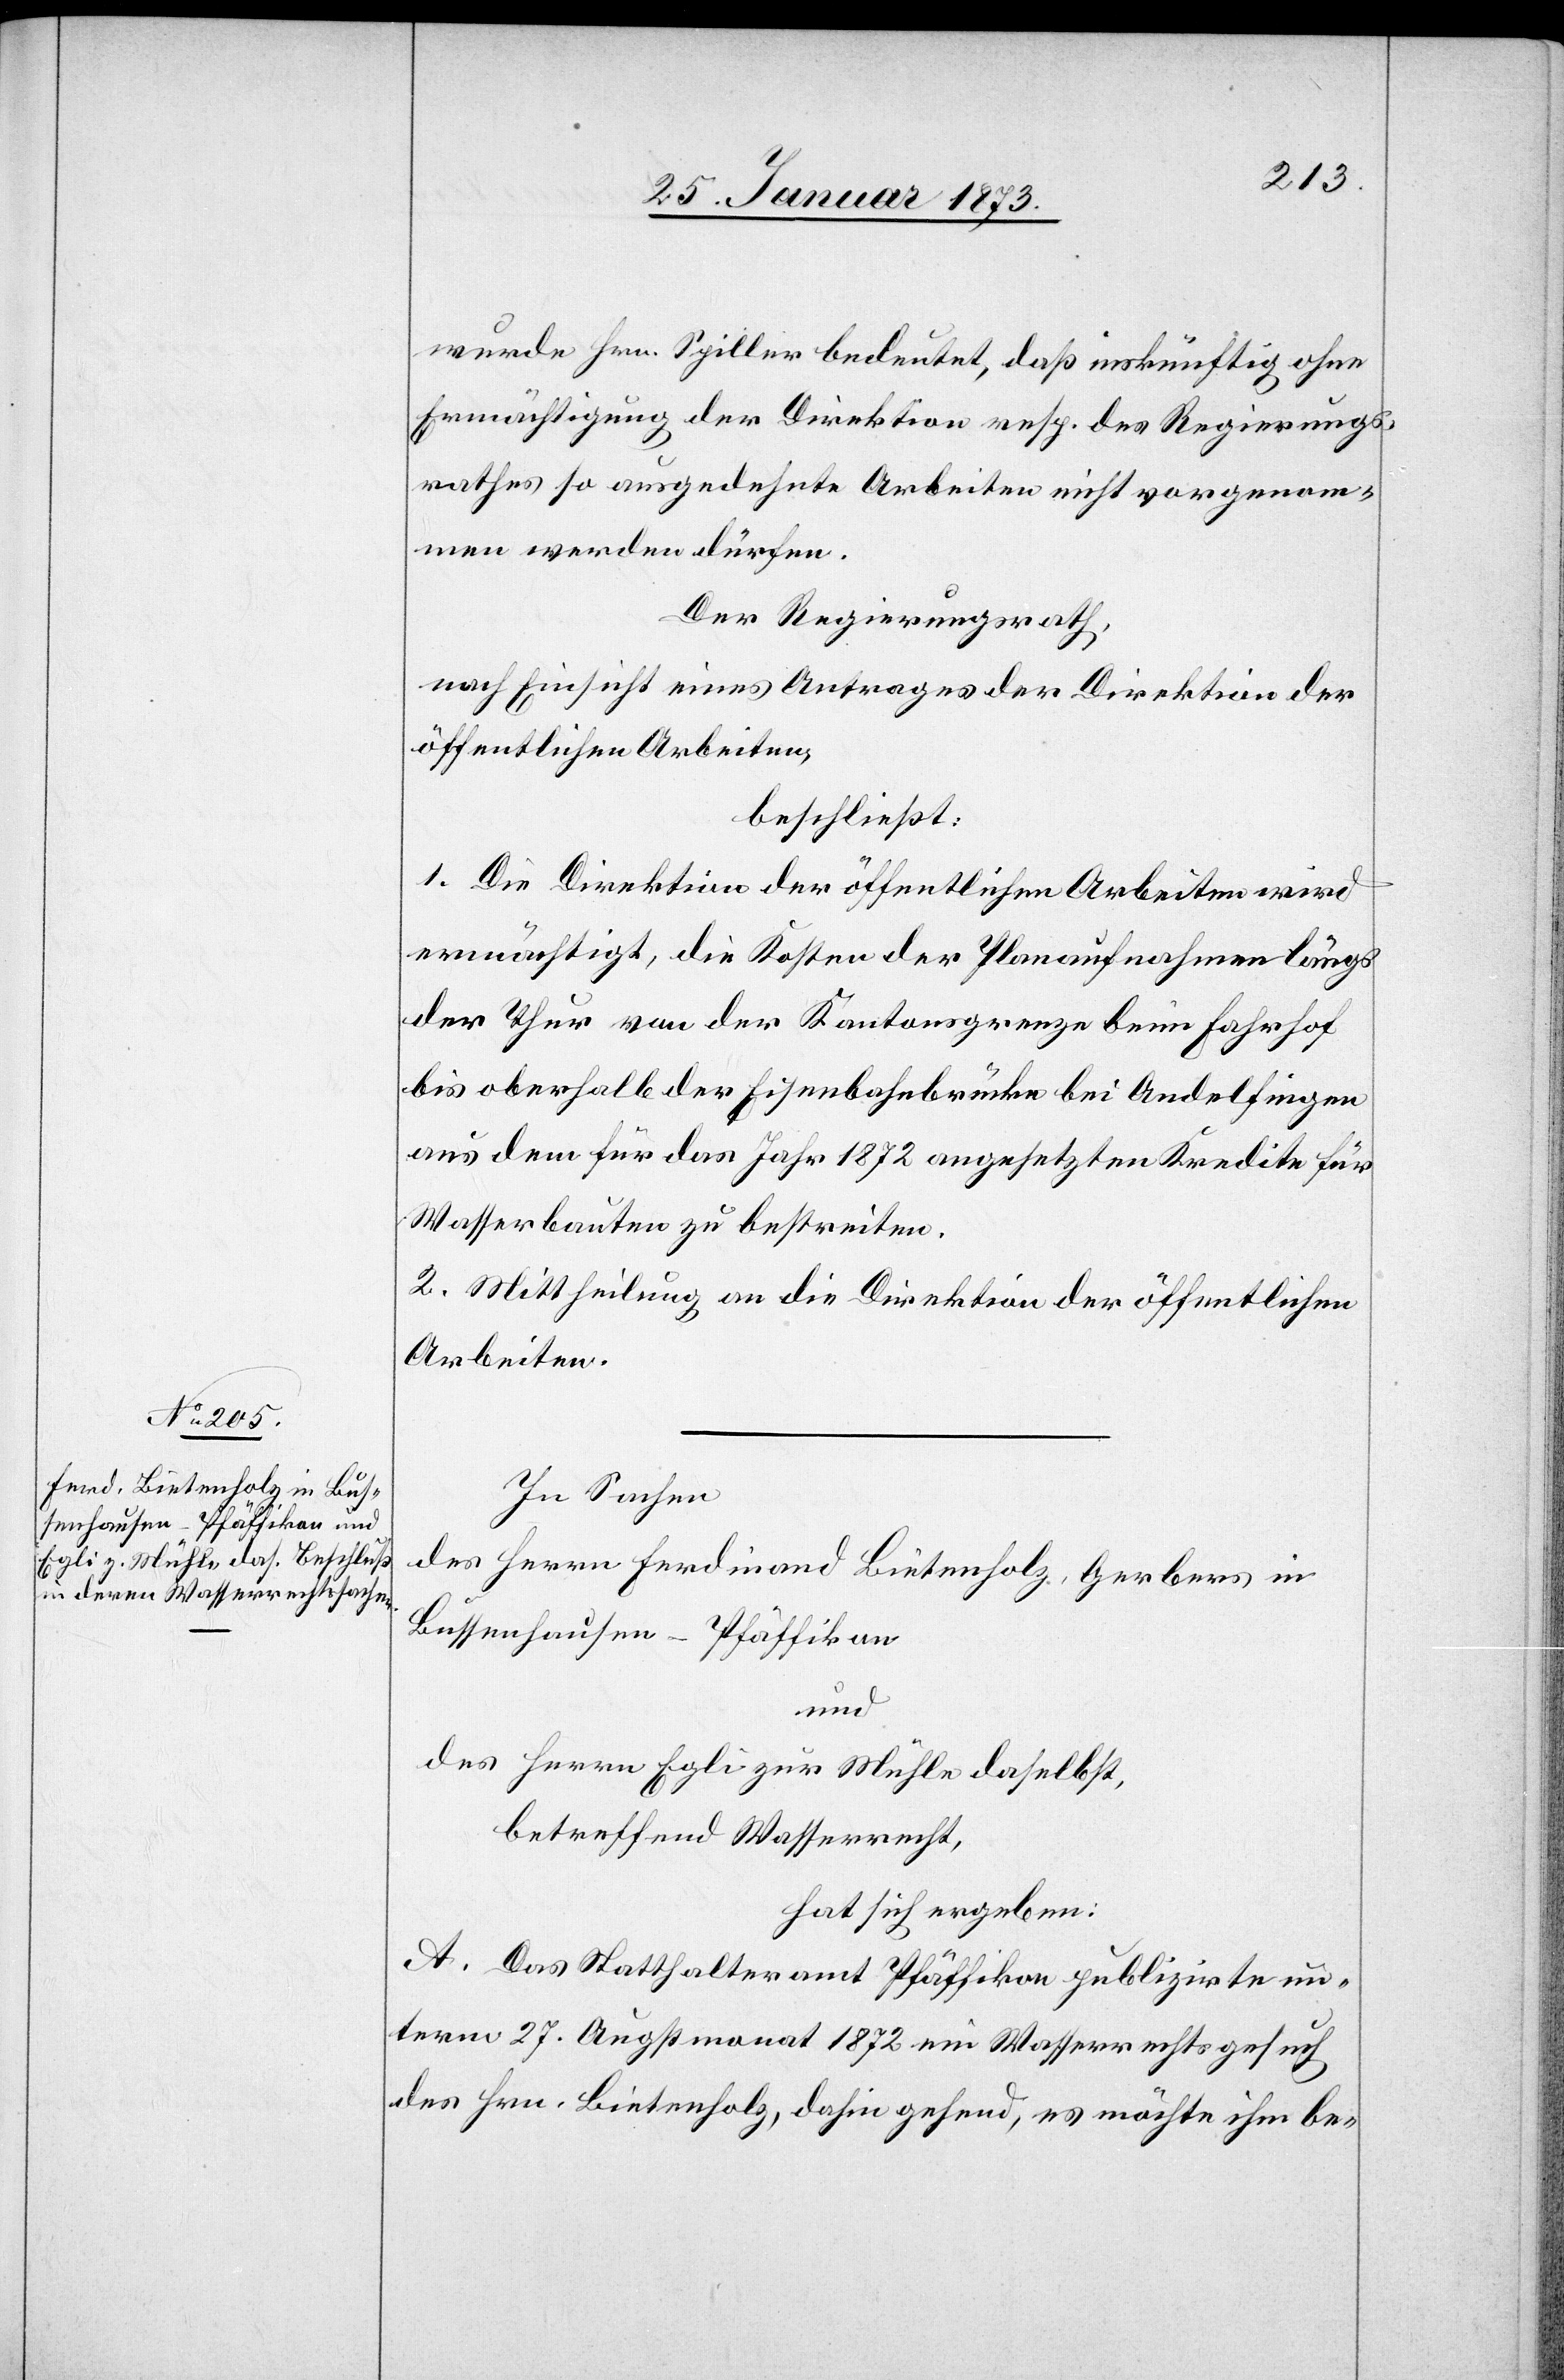
wurde Hrn. Spiller bedeutet, daß inskünftig ohne
Ermächtigung der Direktion resp. des Regierungs¬
rathes so ausgedehnte Arbeiten nicht vorgenom¬
men werden dürfen.
Der Regierungsrath,
nach Einsicht eines Antrages der Direktion der
öffentlichen Arbeiten,
beschließt:
1. Die Direktion der öffentlichen Arbeiten wird
ermächtigt, die Kosten der Planaufnahmen längs
der Thur von der Kantonsgrenze beim Fahrhof
bis oberhalb der Eisenbahnbrücke bei Andelfingen
aus dem für das Jahr 1872 angesetzten Kredite für
Wasserbauten zu bestreiten.
2. Mittheilung an die Direktion der öffentlichen
Arbeiten.
In Sachen
des Herrn Ferdinand Bietenholz, Gerbers in
Bussenhausen-Pfäffikon
und
des Herrn Egli zur Mühle daselbst,
betreffend Wasserrecht,
hat sich ergeben:
A. Das Statthalteramt Pfäffikon publizierte un¬
term 27. Augstmonat 1872 ein Wasserrechtsgesuch
des Hrn. Bietenholz, dahin gehend, es möchte ihm be-